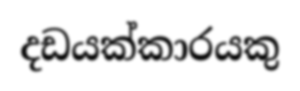
දඩයක්කාරයකු